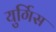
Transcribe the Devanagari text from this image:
युर्गिस